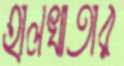
হালখাতার